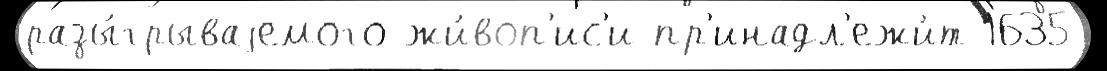
разы́грываjемого жи́воп'ис'и пр'инадл'ежи́т 1635